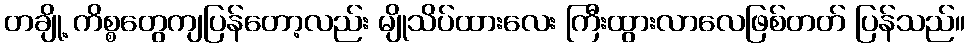
တချို့ ကိစ္စတွေကျပြန်တော့လည်း မျိုသိပ်ထားလေး ကြီးထွားလာလေဖြစ်တတ် ပြန်သည်။